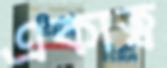
একাত্ব